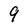
Character: 9